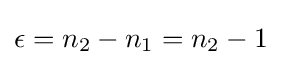
\epsilon =n_{2}-n_{1}=n_{2}-1